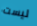
ليست